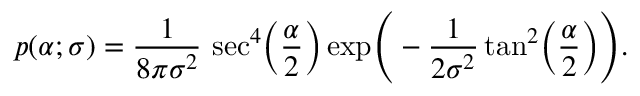
p ( \alpha ; \sigma ) = \frac { 1 } { 8 \pi \sigma ^ { 2 } } \, \sec ^ { 4 } \! \bigg ( \frac { \alpha } { 2 } \bigg ) \exp \! \Bigg ( - \frac { 1 } { 2 \sigma ^ { 2 } } \tan ^ { 2 } \! \bigg ( \frac { \alpha } { 2 } \bigg ) \Bigg ) .